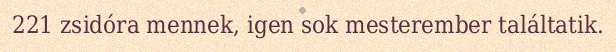
221 zsidóra mennek, igen sok mesterember találtatik.